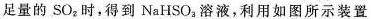
足量的SO_{2}时，得到NaHSO_{3}溶液，利用如图所示装置